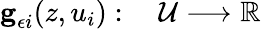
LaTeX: \begin{array}{rl}{\textbf{g}_{\epsilon i}(z,u_{i}):\; }&{{}\mathcal{U}\longrightarrow\mathbb{R}}\end{array}